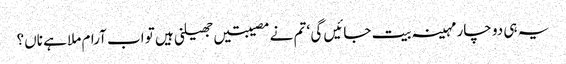
یہ ہی دو چار مہینہ بیت جائیں گی ‘ تم نے مصیبتیں جھیلنی ہیں تو اب آرام ملا ہے ناں؟